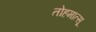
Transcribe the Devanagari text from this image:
तोहमात्सू